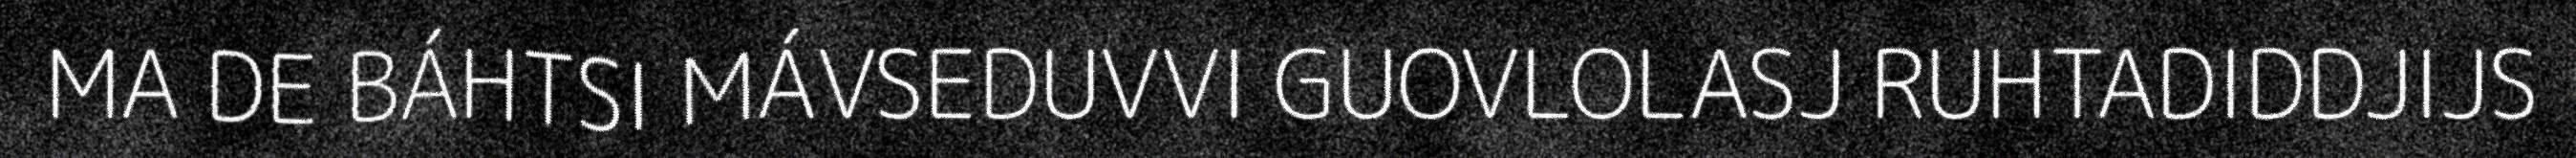
MA DE BÁHTSI MÁVSEDUVVI GUOVLOLASJ RUHTADIDDJIJS